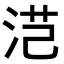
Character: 𭰜